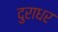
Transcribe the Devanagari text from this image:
दुराधर